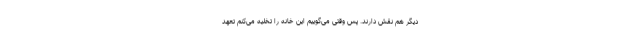
دیگر هم نقش دارند. پس وقتی می‌گوییم این خانه را تخلیه می‌کنم تعهد